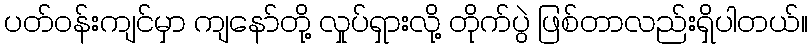
ပတ်ဝန်းကျင်မှာ ကျနော်တို့ လှုပ်ရှားလို့ တိုက်ပွဲ ဖြစ်တာလည်းရှိပါတယ်။